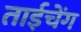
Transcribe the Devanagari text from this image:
ताईचेंग